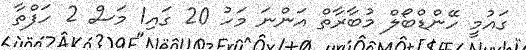
ގައުމީ ހޭންޑްބޯލް މުބާރާތް އަންނަ މަހު 20 ގައި1 މަސް 2 ހަފްތާ